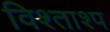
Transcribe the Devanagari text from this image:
विश्ताश्प